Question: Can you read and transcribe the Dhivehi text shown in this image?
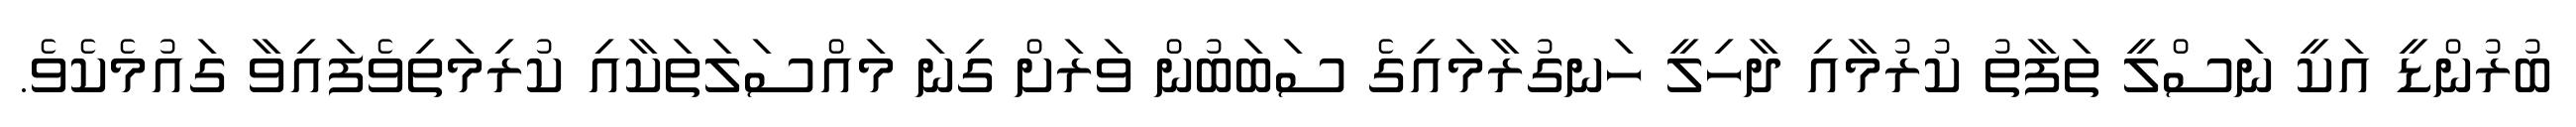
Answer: ބުރުންޑީ އަކީ ނަސްލީ ތަފާތު ކުރުމާއި ދާހިލީ ހަނގުރާމައިގެ ސަބަބުން ވަރަށް ގިނަ މައްސަލަތަކާއި ކުރިމަތިވެފައިވާ ގައުމެކެވެ.